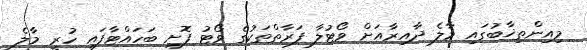
މިއިންތިޚާބުގައި މާލެ ދާއިރާއަށް ވޯޓުލާ ފަރާތްތަކުގެ ވޯޓު ފޮށި ބަހައްޓާފައި ހުރީ މާލެ